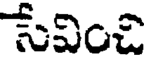
సేవించి